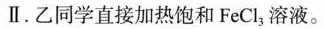
Ⅱ.乙同学直接加热饱和FeCl_{3}溶液。